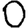
Digit: 0